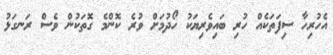
އެހުރިހާ ސިފަތަކެއް ހުރި ބައިވެރިޔަކު ހޯދުމަށް ވުރެ ކޮންމެ ގޮތަކުން ވެސް ރަނގަޅު